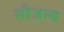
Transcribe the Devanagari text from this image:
सौजन्‍य